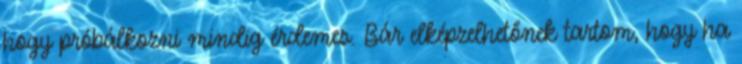
hogy próbálkozni mindig érdemes. Bár elképzelhetőnek tartom, hogy ha